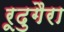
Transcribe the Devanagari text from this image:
रूदुगैरा